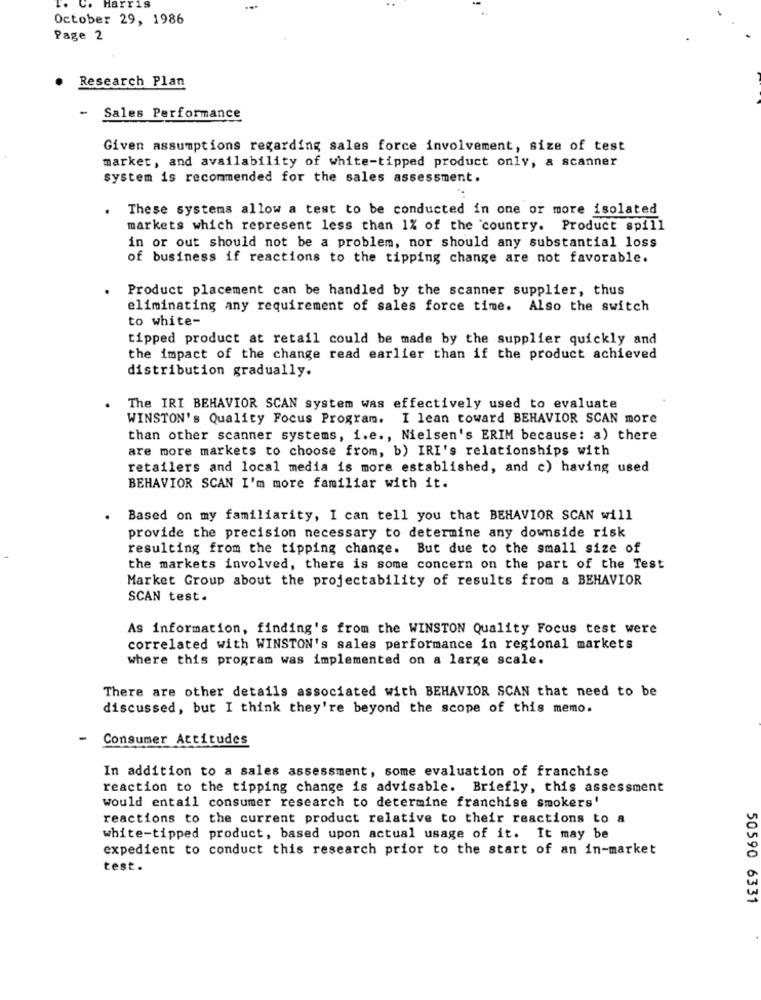
Harris
October 29, 1986
Page 2
Research Plan
- Sales Performance
Given assumptions regarding sales force involvement, size of test
market, and availability of white-tipped product only, a scanner
system is recommended for the sales assessment.
These systems allow a test to be conducted in one or more isolated
markets which represent less than 1% of the country. Product spill
in or out should not be a problem, nor should any substantial loss
of business if reactions to the tipping change are not favorable.
.
Product placement can be handled by the scanner supplier, thus
eliminating any requirement of sales force time. Also the switch
to white-
tipped product at retail could be made by the supplier quickly and
the impact of the change read earlier than if the product achieved
distribution gradually.
The IRI BEHAVIOR SCAN system was effectively used to evaluate
WINSTON's Quality Focus Program. I lean toward BEHAVIOR SCAN more
than other scanner systems, i.e ., Nielsen's ERIM because: a) there
are more markets to choose from, b) IRI's relationships with
retailers and local media is more established, and c) having used
BEHAVIOR SCAN I'm more familiar with it.
Based on my familiarity, I can tell you that BEHAVIOR SCAN will
provide the precision necessary to determine any downside risk
resulting from the tipping change. But due to the small size of
the markets involved, there is some concern on the part of the Test
Market Group about the projectability of results from a BEHAVIOR
SCAN test.
As information, finding's from the WINSTON Quality Focus test were
correlated with WINSTON's sales performance in regional markets
where this program was implemented on a large scale.
There are other details associated with BEHAVIOR SCAN that need to be
discussed, but I think they're beyond the scope of this memo.
Consumer Attitudes
In addition to a sales assessment, some evaluation of franchise
reaction to the tipping change is advisable. Briefly, this assessment
would entail consumer research to determine franchise smokers'
reactions to the current product relative to their reactions to a
white-tipped product, based upon actual usage of it. It may be
expedient to conduct this research prior to the start of an in-market
test.
50590 6331